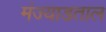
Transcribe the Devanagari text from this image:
मंज्याडताल